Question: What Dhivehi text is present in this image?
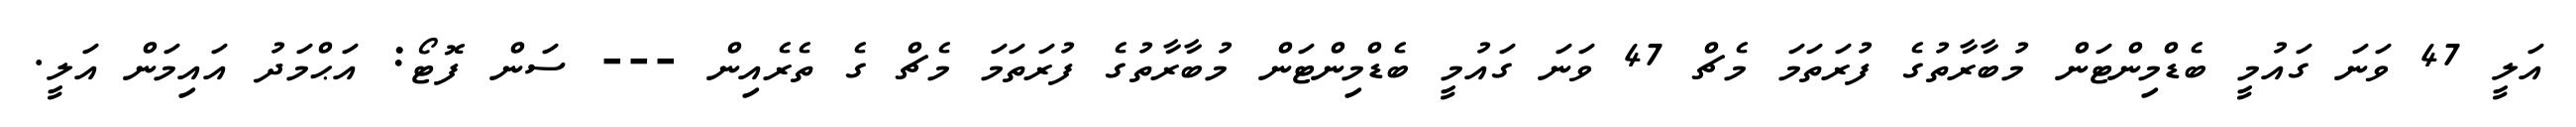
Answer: އަލީ 47 ވަނަ ގައުމީ ބެޑްމިންޓަން މުބާރާތުގެ ފުރަތަމަ މެޗް 47 ވަނަ ގައުމީ ބެޑްމިންޓަން މުބާރާތުގެ ފުރަތަމަ މެޗް ގެ ތެރެއިން --- ސަން ފޮޓޯ: އަޙްމަދު އައިމަން އަލީ.